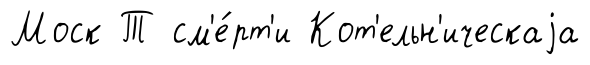
Моск Т см'е́рт'и Кот'ельн'ическаjа